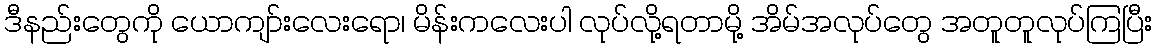
ဒီနည်းတွေကို ယောကျာ်းလေးရော၊ မိန်းကလေးပါ လုပ်လို့ရတာမို့ အိမ်အလုပ်တွေ အတူတူလုပ်ကြပြီး